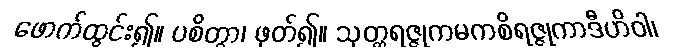
ဖောက်ထွင်း၍။ ပစိတွာ၊ ဖုတ်၍။ သုတ္တရဇ္ဇုကမကစိရဇ္ဇုကာဒီဟိဝါ၊